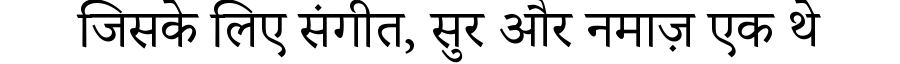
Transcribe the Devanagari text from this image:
जिसके लिए संगीत, सुर और नमाज़ एक थे